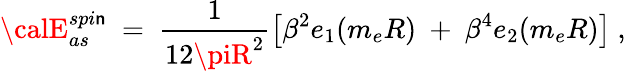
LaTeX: {\calE}_{as}^{spi\mathsf{n}}\ =\ \frac{{1}}{{12\piR^{2}}}\left[\beta^{2}e_{1}(m_{e}R)\ +\ \beta^{4}e_{2}(m_{e}R)\right]\ ,